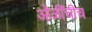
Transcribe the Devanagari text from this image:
ओळींचीच